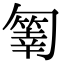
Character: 𠤄